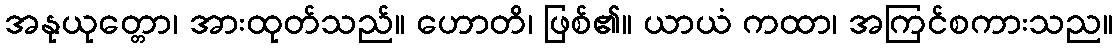
အနုယုတ္တော၊ အားထုတ်သည်။ ဟောတိ၊ ဖြစ်၏။ ယာယံ ကထာ၊ အကြင်စကားသည။